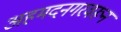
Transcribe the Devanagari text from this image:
अहमदनगरवरून